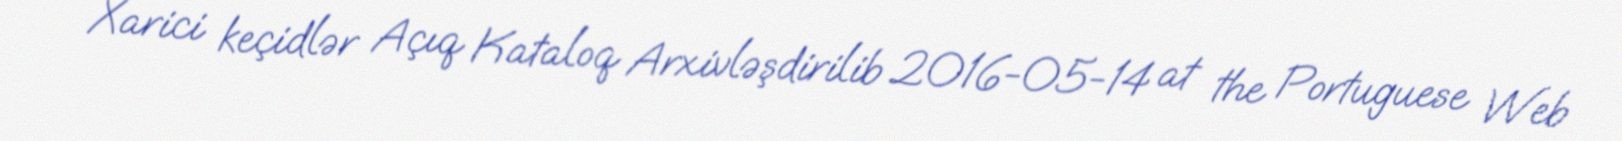
Xarici keçidlər Açıq Kataloq Arxivləşdirilib 2016-05-14 at the Portuguese Web